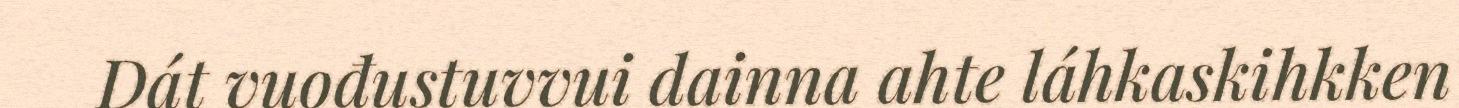
Dát vuođustuvvui dainna ahte láhkaskihkken